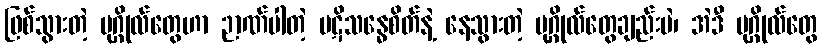
ဖြစ်သွားတဲ့ ပုဂ္ဂိုလ်တွေဟာ ဉာဏ်ပါတဲ့ ပဋိသန္ဓေစိတ်နဲ့ နေသွားတဲ့ ပုဂ္ဂိုလ်တွေချည်းပဲ၊ အဲဒီ ပုဂ္ဂိုလ်တွေ